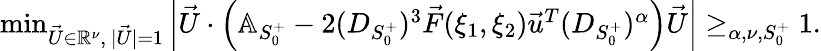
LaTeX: \begin{array}{r}{\operatorname*{min}_{\vec{U}\in\mathbb{R}^{\nu},\ |\vec{U}|=1}\left|\vec{U}\cdot\left(\mathbb{A}_{S_{0}^{+}}-2(D_{S_{0}^{+}})^{3}\vec{F}(\xi_{1},\xi_{2})\vec{u}^{T}(D_{S_{0}^{+}})^{\alpha}\right)\vec{U}\right|\ge_{\alpha,\nu,S_{0}^{+}}1.}\end{array}